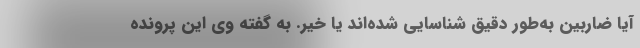
آیا ضاربین به‌طور دقیق شناسایی شده‌اند یا خیر. به گفته وی این پرونده